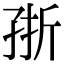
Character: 㝂